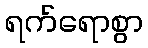
ရက်ရောစွာ